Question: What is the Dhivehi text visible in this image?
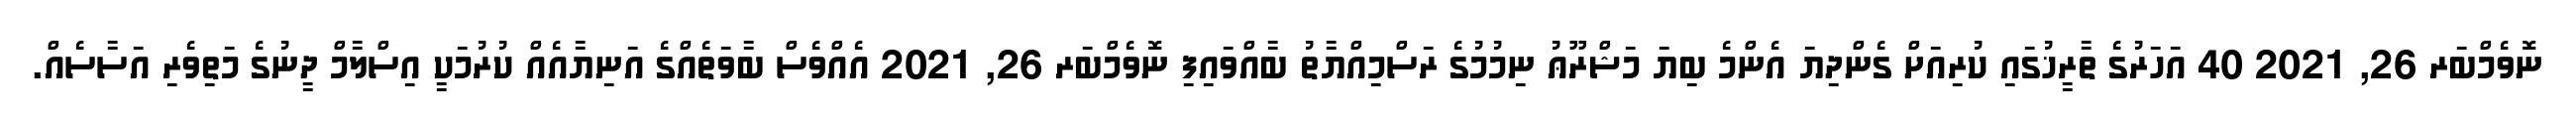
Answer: ނޮވެމްބަރ 26, 2021 40 އަހަރުގެ ތާރީޚުގައި ކުރިއަށް ގެންދިޔަ އެންމެ ބިޔަ މަޝްރޫޢު ނިމުމުގެ ރަސްމިއްޔާތު ބާއްވައިފި ނޮވެމްބަރ 26, 2021 އެއްވެސް ބާވަތެއްގެ އަނިޔާއެއް ކުރުމަކީ އިސްލާމް ދީނުގެ މަތިވެރި އަސާސެއް.